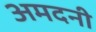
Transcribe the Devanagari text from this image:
अमदनी